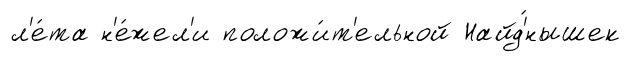
л'е́та н'е́жел'и положи́т'ельной Найд'́нышек